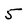
Character: 5